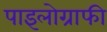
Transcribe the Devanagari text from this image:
पाइलोग्राफी